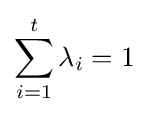
\sum _{i=1}^{t}\lambda _{i}=1